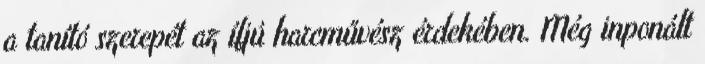
a tanító szerepét az ífjú harcművész érdekében. Még inponált